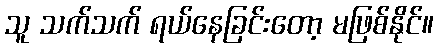
သူ သက်သက် ရယ်နေခြင်းတော့ မဖြစ်နိုင်။